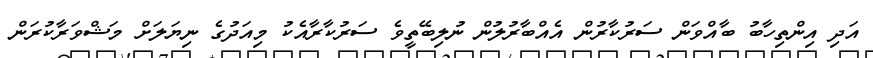
އަދި އިންތިހާބު ބާއްވަން ސަރުކާރުން އެއްބާރުލުން ނުލިބޭތީވެ ސަރުކާރާއެކު މިއަދުގެ ނިޔަލަށް މަޝްވަރާކުރަން